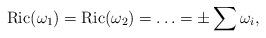
LaTeX: \begin{align*}\mathrm{Ric}(\omega_1) = \mathrm{Ric}(\omega_2) = \ldots = \pm \displaystyle \sum \omega_i, \end{align*}